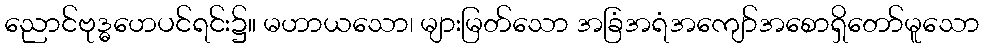
ညောင်ဗုဒ္ဓဟေပင်ရင်း၌။ မဟာယသော၊ များမြတ်သော အခြံအရံအကျော်အစောရှိတော်မူသော